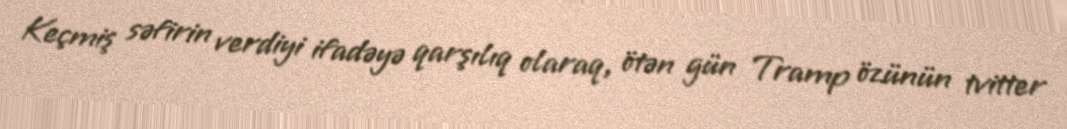
Keçmiş səfirin verdiyi ifadəyə qarşılıq olaraq, ötən gün Tramp özünün tvitter